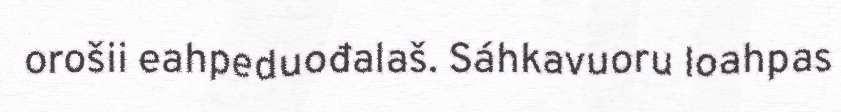
orošii eahpeduođalaš. Sáhkavuoru loahpas